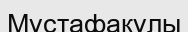
Мұстафақұлы